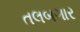
તલબગાર